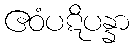
ဧဝံပဋိပန္နာ